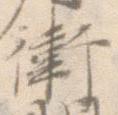
衛